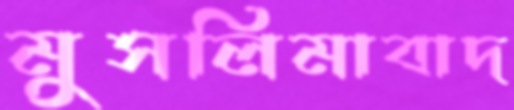
মুসলিমাবাদ